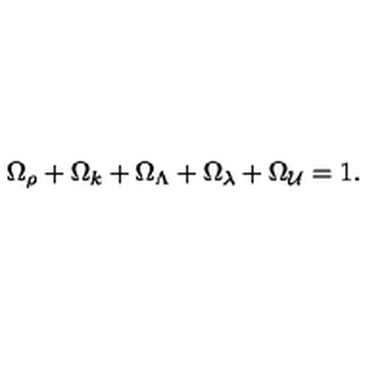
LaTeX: \Omega _ { \rho } + \Omega _ { k } + \Omega _ { \Lambda } + \Omega _ { \lambda } + \Omega _ { \cal U } = 1 .